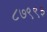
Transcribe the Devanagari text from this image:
८७९९३